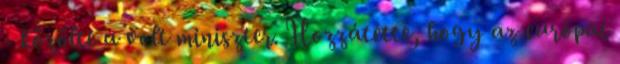
- közölte a volt miniszter. Hozzátette, hogy az európai